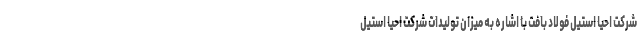
شرکت احیا استیل فولاد بافت با اشاره به میزان تولیدات شرکت احیا استیل